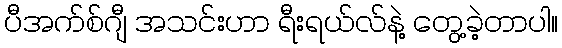
ပီအက်စ်ဂျီ အသင်းဟာ ရီးရယ်လ်နဲ့ တွေ့ခဲ့တာပါ။